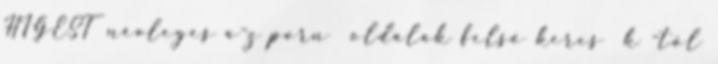
HIGEST névleges a-z porn oldalak felső keres k -től